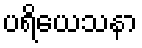
ပရိယေသနာ